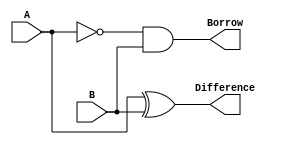
module half_subtractor (
    input A,
    input B,
    output Difference,
    output Borrow
);
    assign Difference = A ^ B;  // XOR for difference
    assign Borrow = ~A & B;     // AND and NOT for borrow
endmodule

module full_subtractor (
    input A,
    input B,
    input Bin,
    output Difference,
    output Borrow
);
    wire Diff1, Borrow1, Borrow2;

    half_subtractor HS1 (.A(A), .B(B), .Difference(Diff1), .Borrow(Borrow1));
    half_subtractor HS2 (.A(Diff1), .B(Bin), .Difference(Difference), .Borrow(Borrow2));

    assign Borrow = Borrow1 | Borrow2; // OR gate for final borrow
endmodule